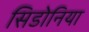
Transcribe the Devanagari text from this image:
सिडोनिया